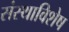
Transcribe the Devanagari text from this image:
संस्थाविशेष